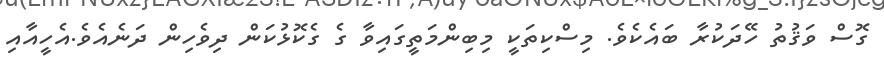
ގޮސް ވަޤުތު ހޭދަކުރާ ބައެކެވެ. މިސްކިތަކީ މިބިންމަތީގައިވާ ގެ ގެކޮޅުކަން ދިވެހިން ދަނެއެވެ.އެހީއާއި